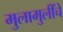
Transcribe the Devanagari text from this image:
मुलामुलींचे